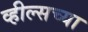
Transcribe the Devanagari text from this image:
व्हील्सच्या